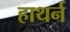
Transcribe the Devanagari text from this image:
हाथर्न